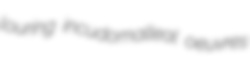
louring incudomalleal oeuvres